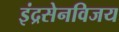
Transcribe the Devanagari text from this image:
इंद्रसेनविजय